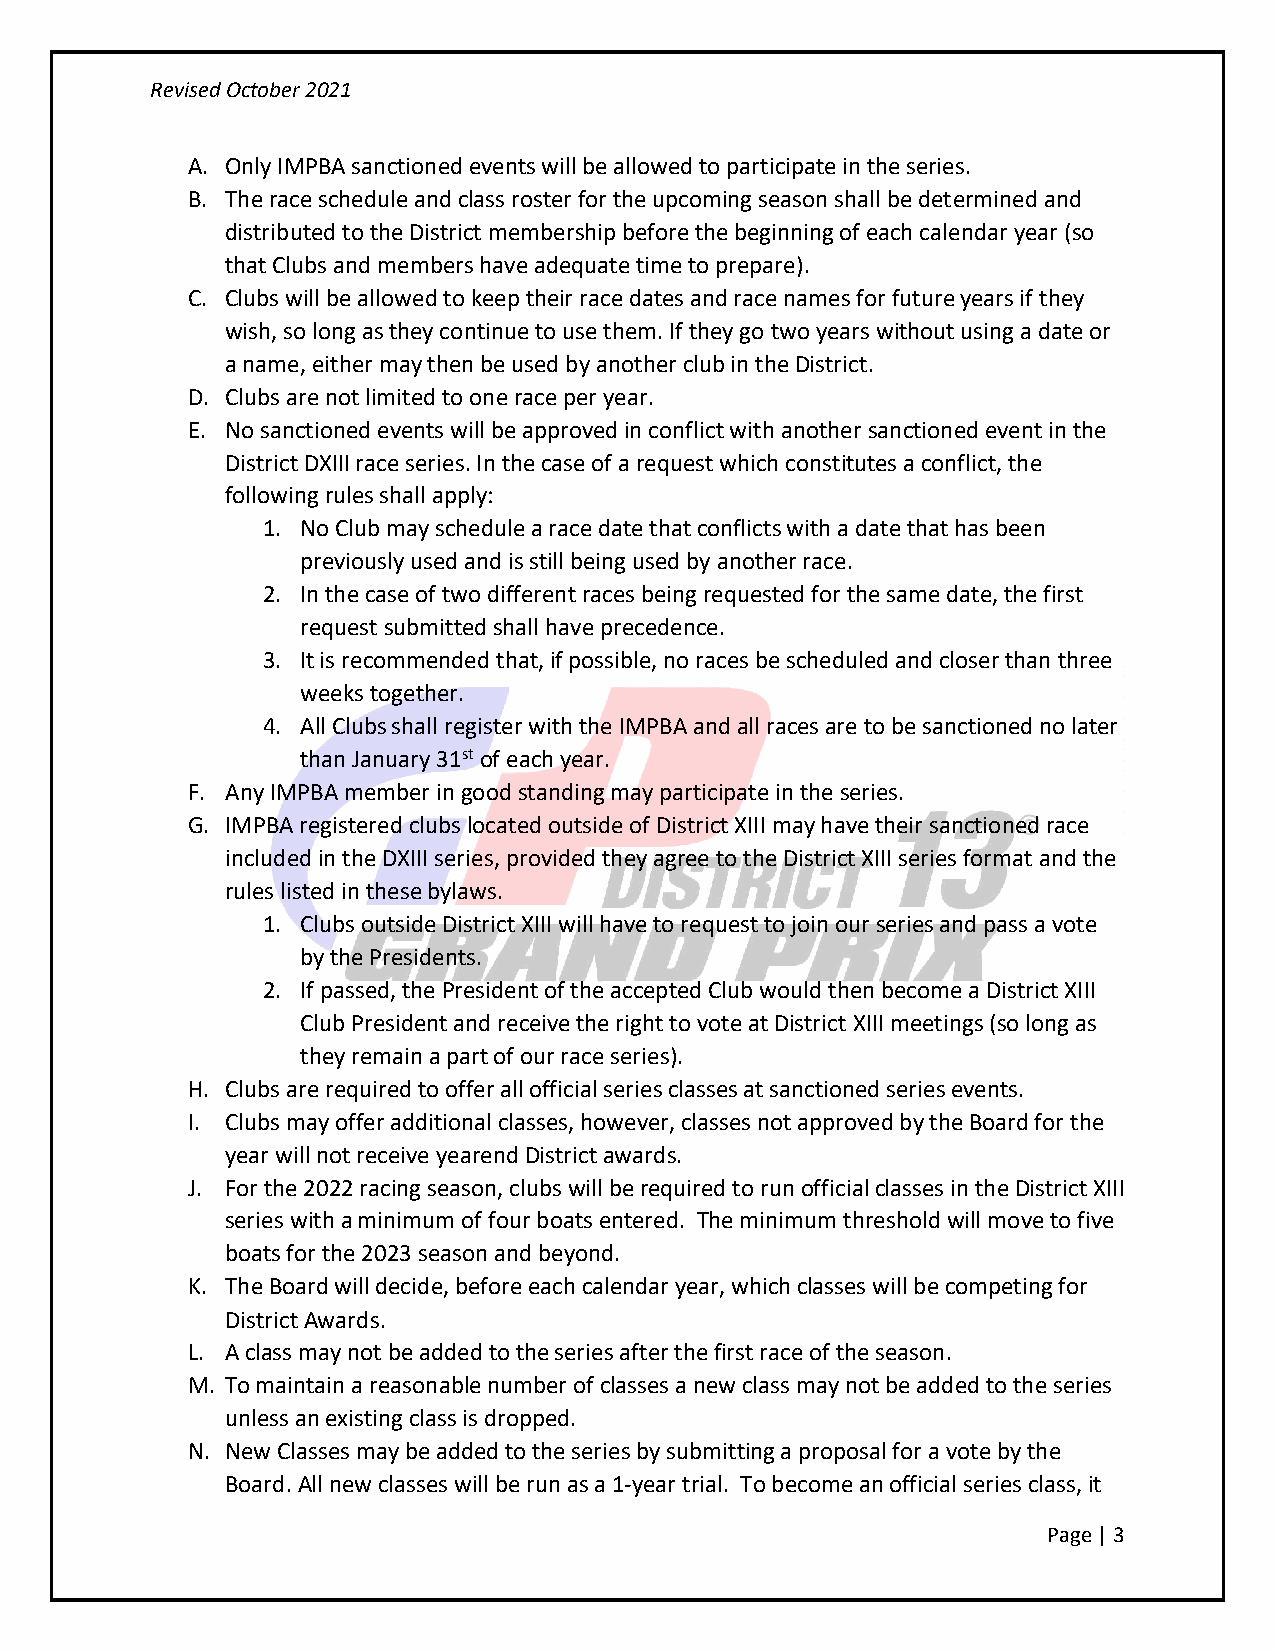
Revised October 2021
 A. Only IMPBA sanctioned events will be allowed to participate in the series.
 B. The race schedule and class roster for the upcoming season shall be determined and
 distributed to the District membership before the beginning of each calendar year (so
 that Clubs and members have adequate time to prepare).
 C. Clubs will be allowed to keep their race dates and race names for future years if they
 wish, so long as they continue to use them. If they go two years without using a date or
 a name, either may then be used by another club in the District.
 D. Clubs are not limited to one race per year.
 E. No sanctioned events will be approved in conflict with another sanctioned event in the
 District DXIII race series. In the case of a request which constitutes a conflict, the
 following rules shall apply:
 1. No Club may schedule a race date that conflicts with a date that has been
 previously used and is still being used by another race.
 2. In the case of two different races being requested for the same date, the first
 request submitted shall have precedence.
 3. It is recommended that, if possible, no races be scheduled and closer than three
 weeks together.
 4. All Clubs shall register with the IMPBA and all races are to be sanctioned no later
 than January 31st of each year.
 F. Any IMPBA member in good standing may participate in the series.
 G. IMPBA registered clubs located outside of District XIII may have their sanctioned race
 included in the DXIII series, provided they agree to the District XIII series format and the
 rules listed in these bylaws.
 1. Clubs outside District XIII will have to request to join our series and pass a vote
 by the Presidents.
 2. If passed, the President of the accepted Club would then become a District XIII
 Club President and receive the right to vote at District XIII meetings (so long as
 they remain a part of our race series).
 H. Clubs are required to offer all official series classes at sanctioned series events.
 I. Clubs may offer additional classes, however, classes not approved by the Board for the
 year will not receive yearend District awards.
 J. For the 2022 racing season, clubs will be required to run official classes in the District XIII
 series with a minimum of four boats entered. The minimum threshold will move to five
 boats for the 2023 season and beyond.
 K. The Board will decide, before each calendar year, which classes will be competing for
 District Awards.
 L. A class may not be added to the series after the first race of the season.
 M. To maintain a reasonable number of classes a new class may not be added to the series
 unless an existing class is dropped.
 N. New Classes may be added to the series by submitting a proposal for a vote by the
 Board. All new classes will be run as a 1-year trial. To become an official series class, it
 Page | 3